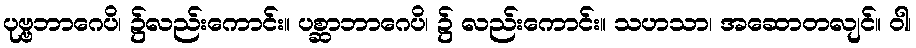
ပုဗ္ဗဘာဂေပိ၊ ၌လည်းကောင်း။ ပစ္ဆာဘာဂေပိ၊ ၌ လည်းကောင်း။ သဟသာ၊ အဆောတလျင်။ ဝါ၊